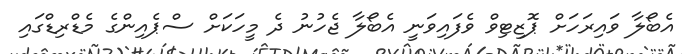
އެބޯލާ ވައިރަހަށް ޕޮޒިޓިވް ވެފައިވަނީ އެބޯލާ ޖެހުނު ދެ މީހަކަށް ސްޕެއިންގެ މެޑްރިޑްގައި